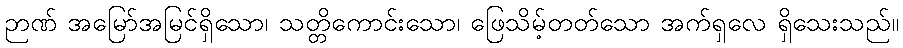
ဉာဏ် အမြော်အမြင်ရှိသော၊ သတ္တိကောင်းသော၊ ဖြေသိမ့်တတ်သော အက်ရှလေ ရှိသေးသည်။